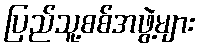
ပြည်သူ့စစ်အဖွဲ့များ